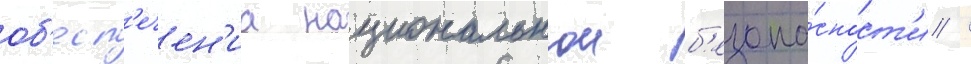
об'есп'ечен'иа национальнои б'езопа́сност'и /